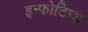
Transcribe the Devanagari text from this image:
इन्फोटिप्स